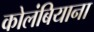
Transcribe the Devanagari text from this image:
कोलंबियाना